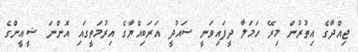
ޖިއްދާގެ އިތުރުން މިރޭ ހަމަލާ ދީފައިވަނީ ސައުދީ އަރަބިއްޔާގެ އިރުމަތީގައި އޮންނަ ޝީޢީންގެ